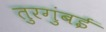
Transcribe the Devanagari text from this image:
तुरगुंबई